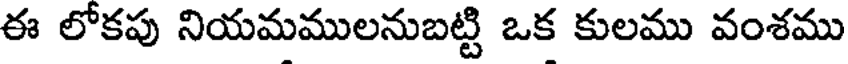
ఈ లోకపు నియమములనుబట్టి ఒక కులము వంశము